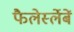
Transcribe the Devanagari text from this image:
फैलेर्स्लेबें